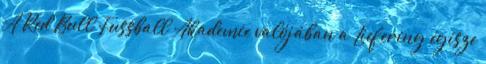
A Red Bull Fussball Akademie valójában a Liefering égisze